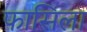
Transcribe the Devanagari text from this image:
फासिला